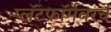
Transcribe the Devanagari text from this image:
प्लॅटफॉर्मवरचं